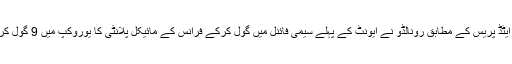
غیر ملکی خبر رساں ادارے ایسوسی ایٹڈ پریس کے مطابق رونالڈو نے ایونٹ کے پہلے سیمی فائنل میں گول کرکے فرانس کے مائیکل پلانٹی کا یوروکپ میں 9 گول کرنے کا ریکارڈ بھی برابر کردیا ہے۔